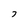
Character: 7